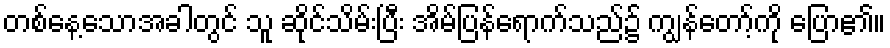
တစ်နေ့သောအခါတွင် သူ ဆိုင်သိမ်းပြီး အိမ်ပြန်ရောက်သည်၌ ကျွန်တော့်ကို ပြော၏။